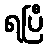
ရပြီ